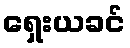
ရှေးယခင်